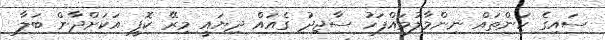
ސައިގެ ކަންތައް ނިންމާލުމައްފަހު ސާޖިދު ގެއައް ދިޔައީ މިރޭ ކޮފީ އަކަށްދާން ބަލާ